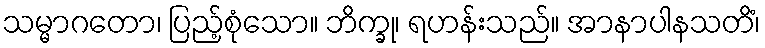
သမ္မာဂတော၊ ပြည့်စုံသော။ ဘိက္ခု၊ ရဟန်းသည်။ အာနာပါနသတိံ၊